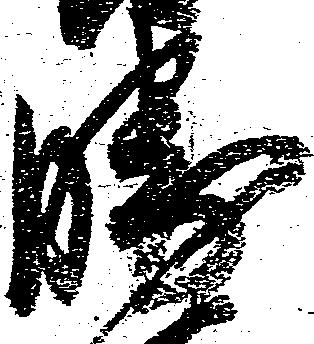
勝